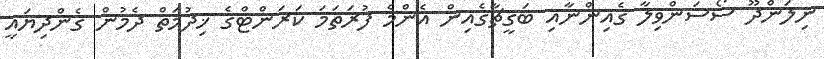
ނިލަންދޫ ސޯސަންވިލާ ގެއިންނާއި ބަގީޗާގެއިން އެންމެ ފުރަތަމަ ކަރަންޓްގެ ޚިދުމަތް ދެމުން ގެންދިޔައީ